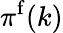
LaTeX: \pi^{\mathrm f}(k)